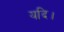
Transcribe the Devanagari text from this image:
यदि।